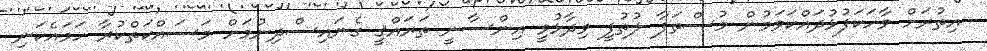
އިތުރަށް ވާހަކަފުޅުދައްކަވަމުން މުސްތަފާ ލުތުފީ ވިދާޅުވީ އިންސާނީ ތަރައްޤީ ގެނައިސްދިނުމަށް މަސައްކަތްކުރާ ހަމައެކަނި